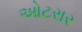
ઓટરાર